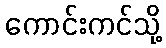
ကောင်းကင်သို့